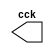
//---------------------------
//Nome: Alvaro Henrique
//Matrcula: 395487
//---------------------------

//--------------------------
// -- Guia09 Exercicio 05 --
//--------------------------


 //----------------------
 //-- Clock
 //----------------------
 
 
 module clock ( cck );
 
 output cck;
 reg    cck;

  initial
   begin
    cck = 1'b0;
   end

  always
   begin
    #12 cck = ~cck;
   end 
 endmodule
 
 
 module exercicio05 ( signal,clock );
 input  clock;
 output signal;
 reg    signal;

  
 always @ ( posedge clock )
  begin
  	    signal = 1'b1;
    #3 signal = 1'b0;
  end
endmodule


 
 //-------------------------
 //-- Teste do Ex5
 //-------------------------
 
 module teste;

 wire  clock;
 clock cck1 ( clock );
 wire saida;
 
 exercicio05 EX05 (saida,clock);

 initial begin
  $display("Guia 9 - Ex5 - Alvaro Henrique - 395487 \n");
  $dumpfile ( "Guia09Ex05.vcd" );
  $dumpvars (1,clock,saida);
  #120 $finish;
  
 end
 endmodule 
 
 //-----------------
 //-- Fim Guia 05 --
 //-----------------